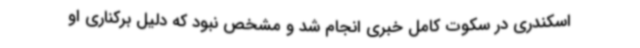
اسکندری در سکوت کامل خبری انجام شد و مشخص نبود که دلیل برکناری او